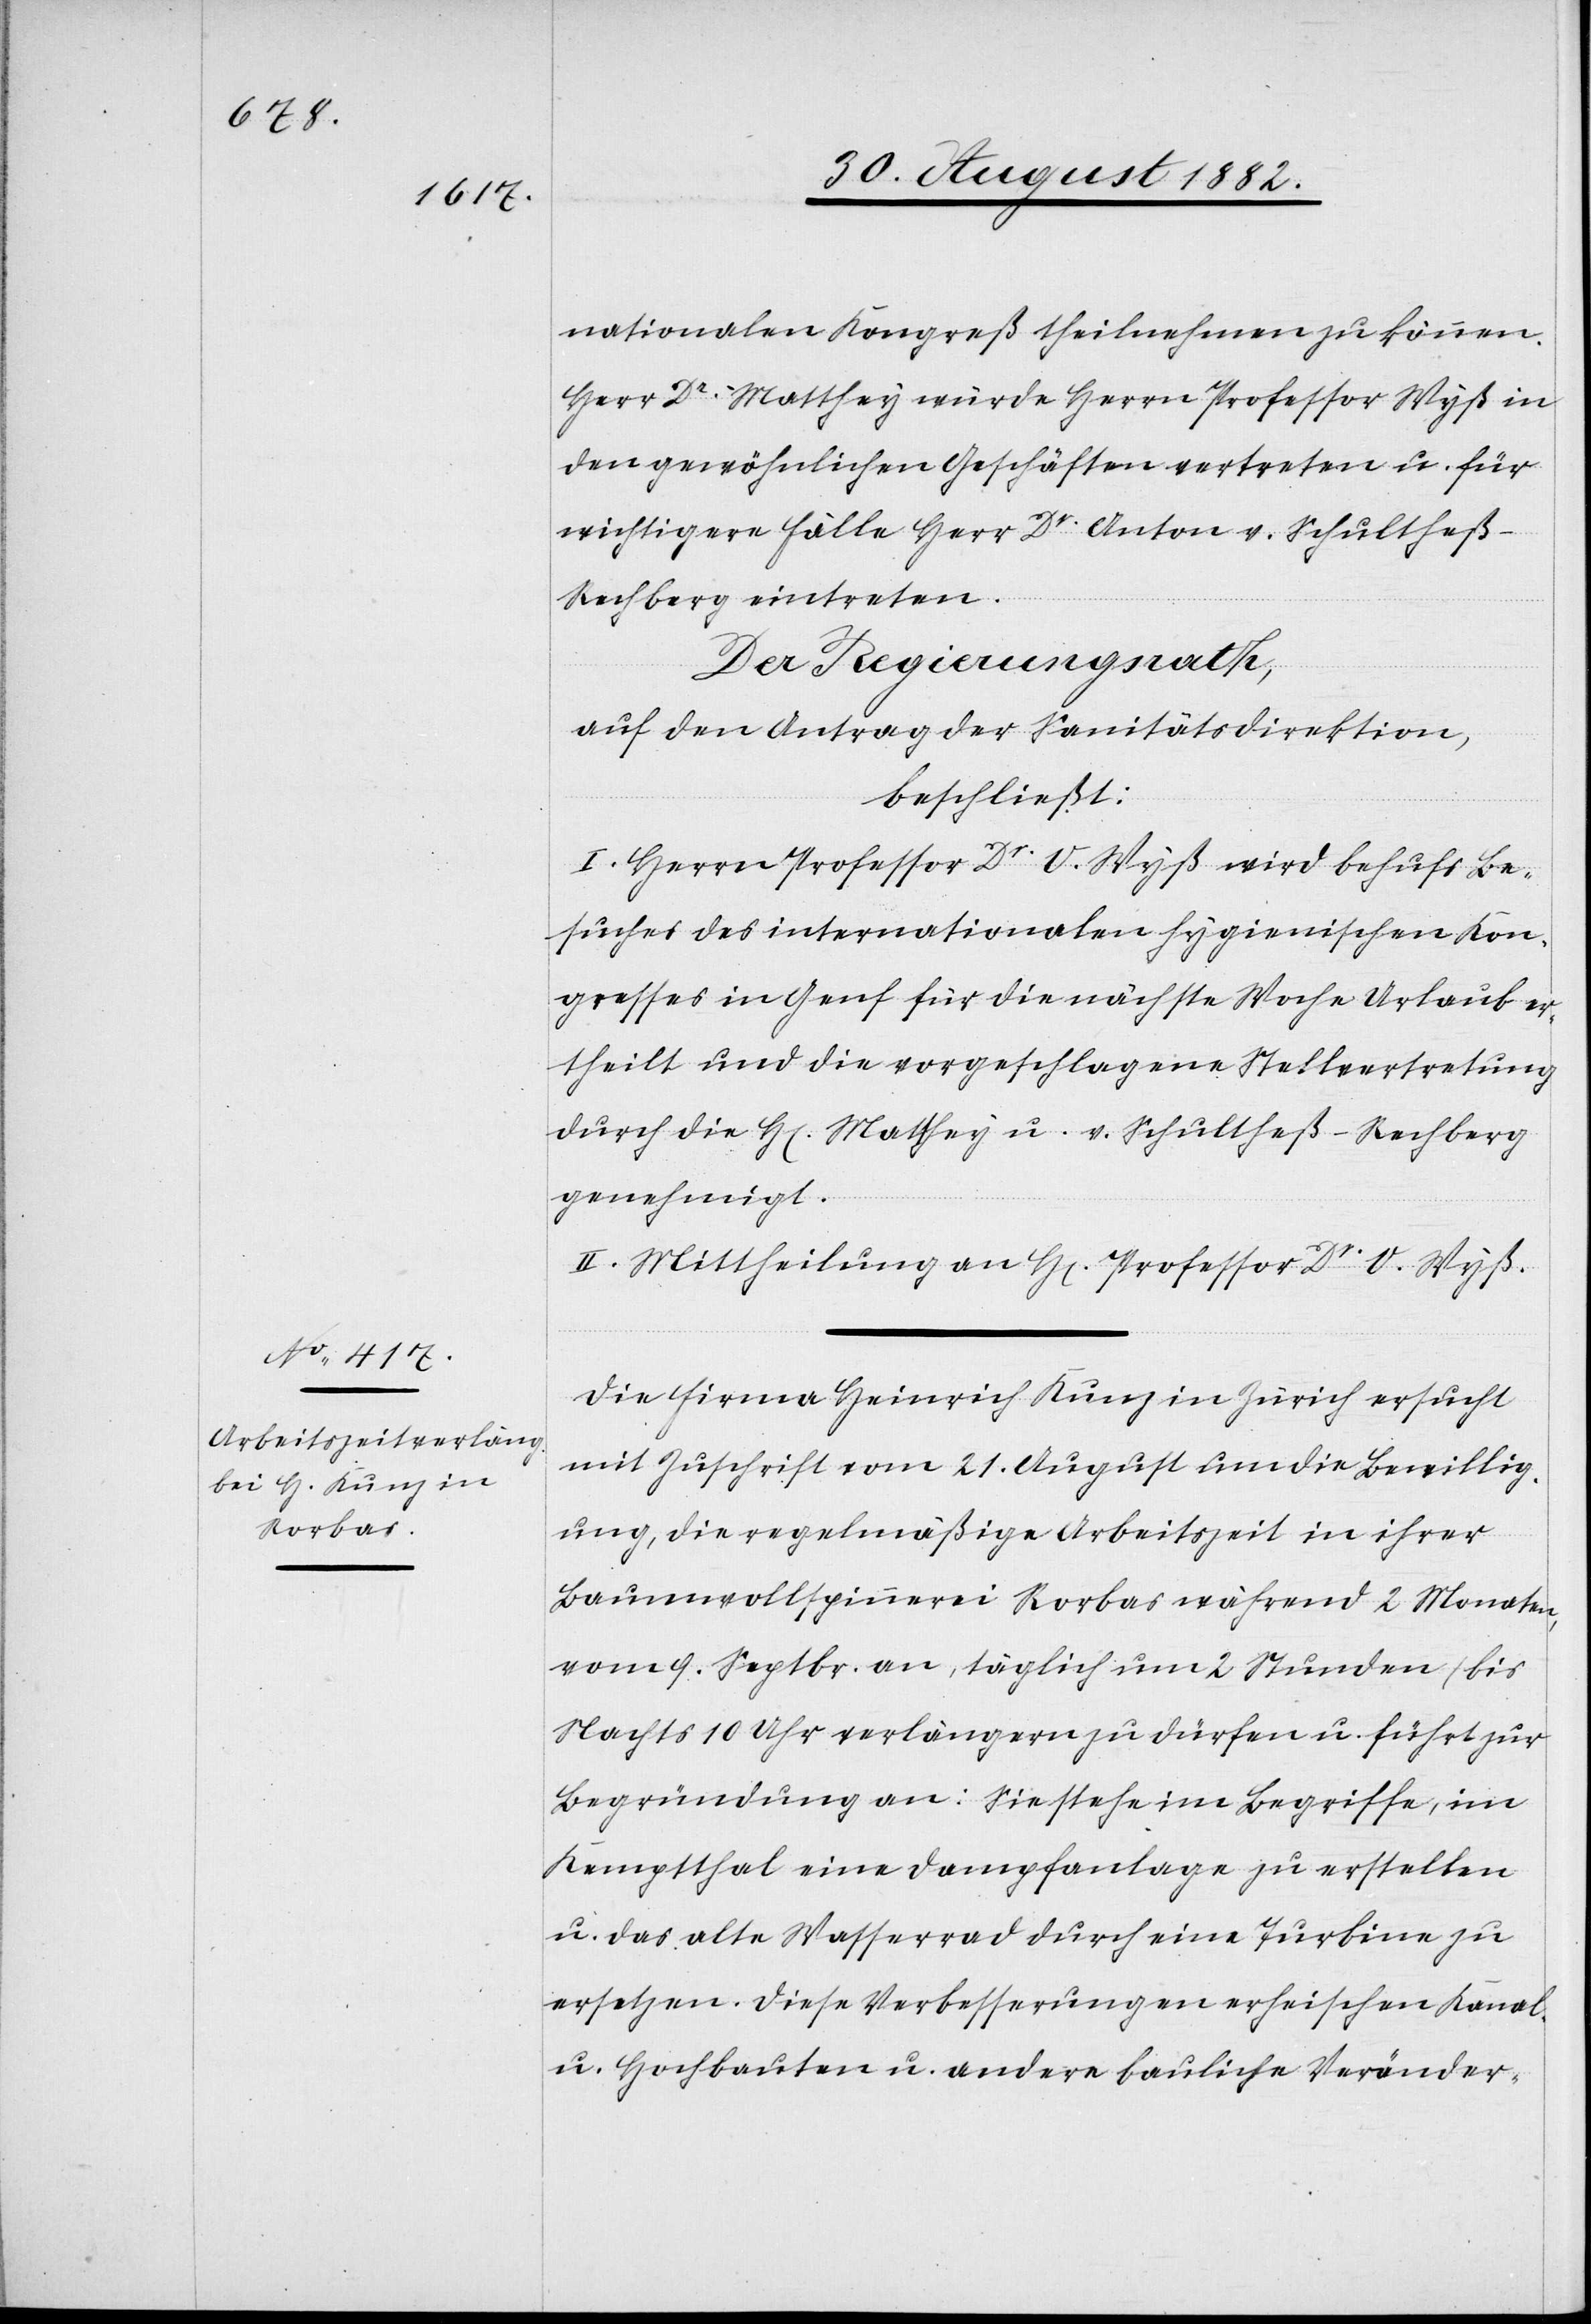
nationalen Kongreß theilnehmen zu können.
Herr Dr Matthey würde Herrn Professor Wyß in
den gewöhnlichen Geschäften vertreten u. für
wichtigere Fälle Herr Dr Anton v. Schultheß-R¬
echberg eintreten.
Der Regierungsrath,
auf den Antrag der Sanitätsdirektion,
beschließt:
I. Herrn Professor Dr O. Wyß wird behufs Be¬
suches des internationalen hygienischen Kon¬
gresses in Genf für die nächste Woche Urlaub er¬
theilt und die vorgeschlagene Stellvertretung
durch H[erren] Matthey u. v. Schultheß-Rechberg
genehmigt.
II. Mittheilung an H[erren] Professor Dr O. Wyß.
Die Firma Heinrich Kunz in Zürich ersucht
mit Zuschrift vom 21. August um die Bewillig¬
ung, die regelmäßige Arbeitszeit in ihrer
Baumwollspinnerei Rorbas während 2 Monaten,
vom 9. Septbr. an, täglich um 2 Stunden (bis
Nachts 10 Uhr) verlängern zu dürfen u. führt zur
Begründung an: Sie stehe im Begriffe, im
Kemptthal eine Dampfanlage zu erstellen
u. das alte Wasserrad durch eine Turbine zu
ersetzen. Diese Verbesserungen erheischen Kanal-
u. Hochbauten u. andere bauliche Veränder-